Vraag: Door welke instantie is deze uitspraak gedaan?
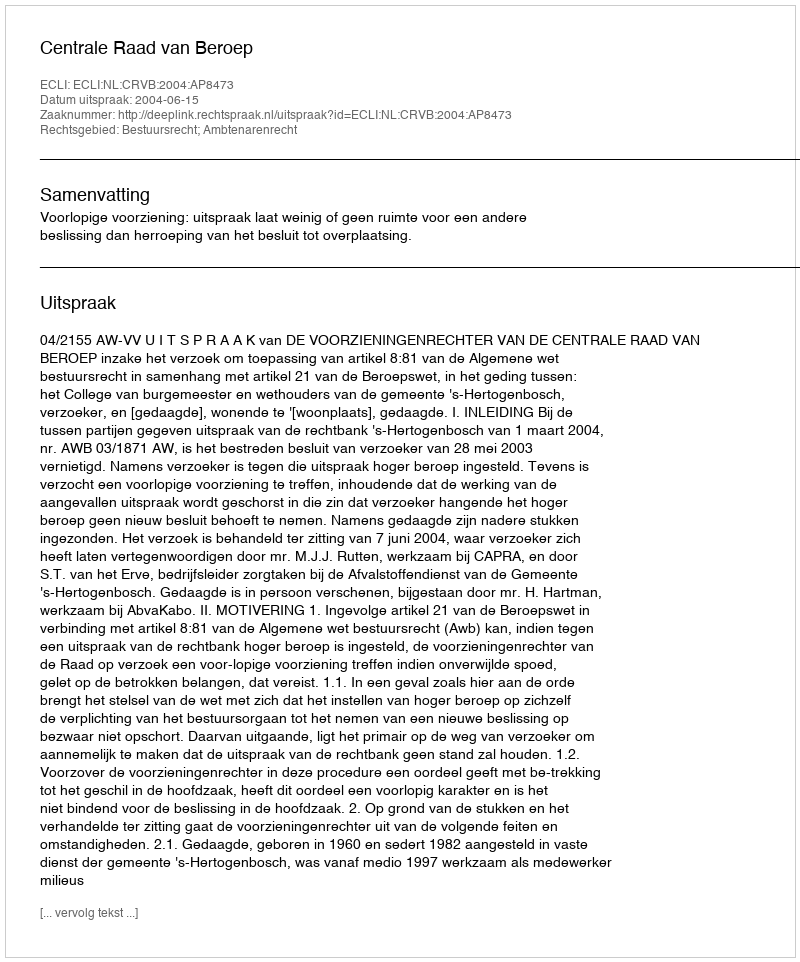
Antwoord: Centrale Raad van Beroep